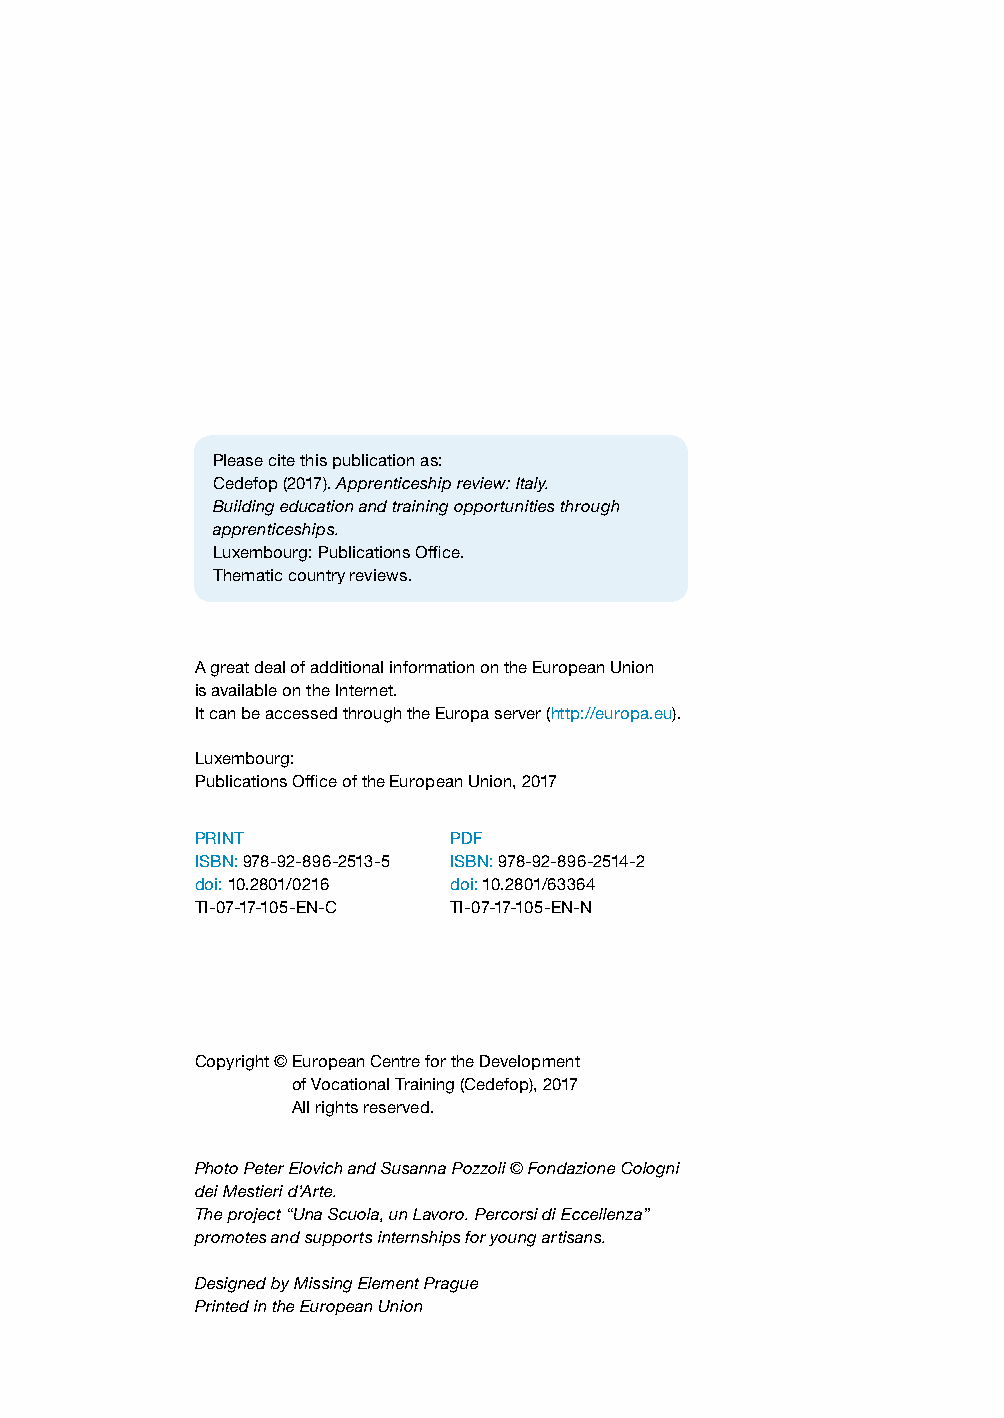
Please cite this publication as:
 Cedefop (2017). Apprenticeship review: Italy.
 Building education and training opportunities through
 apprenticeships.
 Luxembourg: Publications Office.
 Thematic country reviews.
 A great deal of additional information on the European Union
 is available on the Internet.
 It can be accessed through the Europa server (http://europa.eu).
 Luxembourg:
 Publications Office of the European Union, 2017
 PRINT            PDF
 ISBN: 978-92-896-2513-5 ISBN: 978-92-896-2514-2
 doi: 10.2801/0216 doi: 10.2801/63364
 TI-07-17-105-EN-C TI-07-17-105-EN-N
 Copyright © E uropean Centre for the Development
 of Vocational Training (Cedefop), 2017
 All rights reserved.
 Photo Peter Elovich and Susanna Pozzoli © Fondazione Cologni
 dei Mestieri d’Arte.
 The project “Una Scuola, un Lavoro. Percorsi di Eccellenza”
 promotes and supports internships for young artisans.
 Designed by Missing Element Prague
 Printed in the European Union